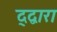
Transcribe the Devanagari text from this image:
द्द्वारा